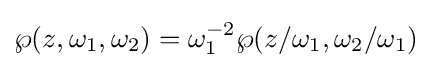
\wp (z,\omega _{1},\omega _{2})=\omega _{1}^{-2}\wp (z/\omega _{1},\omega _{2}/\omega _{1})